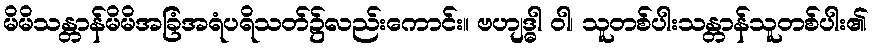
မိမိသန္တာန်မိမိအခြံအရံပရိသတ်၌လည်းကောင်း။ ဗဟျဒ္ဓါ ဝါ၊ သူတစ်ပါးသန္တာန်သူတစ်ပါး၏